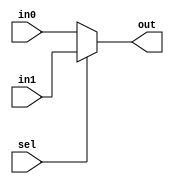
// Multiplexor (MUX)
// To select between PC and MAR to set the address (address) to read/write the memory.
// If select = 0, select the PC value.
// If select = 1, select the MAR value.
// In Verilog language, it is written as follows:

module mux(sel, in0, in1, out);
  input sel;
  input [31:0] in0;
  input [31:0] in1;
  output [31:0] out;
  assign out[31:0] = (sel == 1'b0 ? in0[31:0] : in1[31:0]);
endmodule